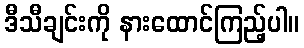
ဒီသီချင်းကို နားထောင်ကြည့်ပါ။